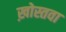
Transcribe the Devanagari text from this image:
ख़ोस्तवा